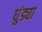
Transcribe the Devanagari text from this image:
धुंड्या